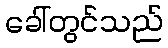
ခေါ်တွင်သည်